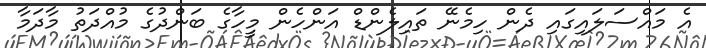
އެ މައްސަލައިގައި ދެން ހިމެނޭ ތައިލެންޑް އަންހެން މީހާގެ ބަންދުގެ މުއްދަތު މާދަމާ